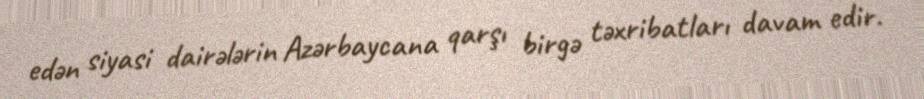
edən siyasi dairələrin Azərbaycana qarşı birgə təxribatları davam edir.